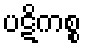
ပဋိကစ္စ